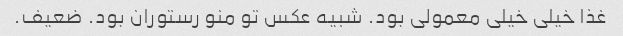
غذا خیلی خیلی معمولی بود. شبیه عکس تو منو رستوران بود. ضعیف.